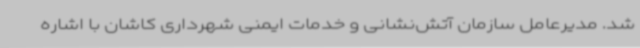
شد. مدیرعامل سازمان آتش‌نشانی و خدمات ایمنی شهرداری کاشان با اشاره